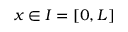
x \in I = [ 0 , L ]